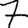
Digit: 7